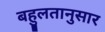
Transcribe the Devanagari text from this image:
बहुलतानुसार